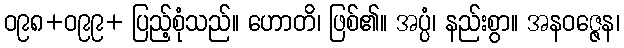
ဝ၉၈+ဝ၉၉+ ပြည့်စုံသည်။ ဟောတိ၊ ဖြစ်၏။ အပ္ပံ၊ နည်းစွာ။ အနဝဇ္ဇေန၊